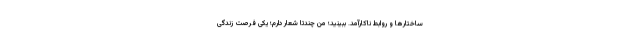
ساختارها و روابط ناکارآمد. ببینید؛ من چندتا شعار دارم؛ یکی فرصت زندگی